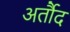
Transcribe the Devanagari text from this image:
अर्तौद